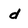
Character: d